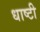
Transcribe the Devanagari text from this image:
धाष्टी